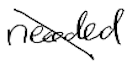
Text: needed
Cross-out: diagonal
Writing tool: digital_black